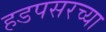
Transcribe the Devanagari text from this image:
हडपसरच्या